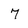
Character: 7